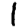
Digit: 1